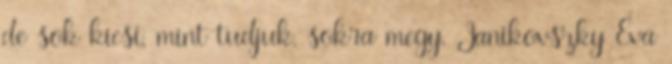
de sok kicsi, mint tudjuk, sokra megy. Janikovszky Éva